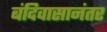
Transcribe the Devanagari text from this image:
बंदिवासानंतर